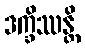
ဒက္ခိဿန္တိ